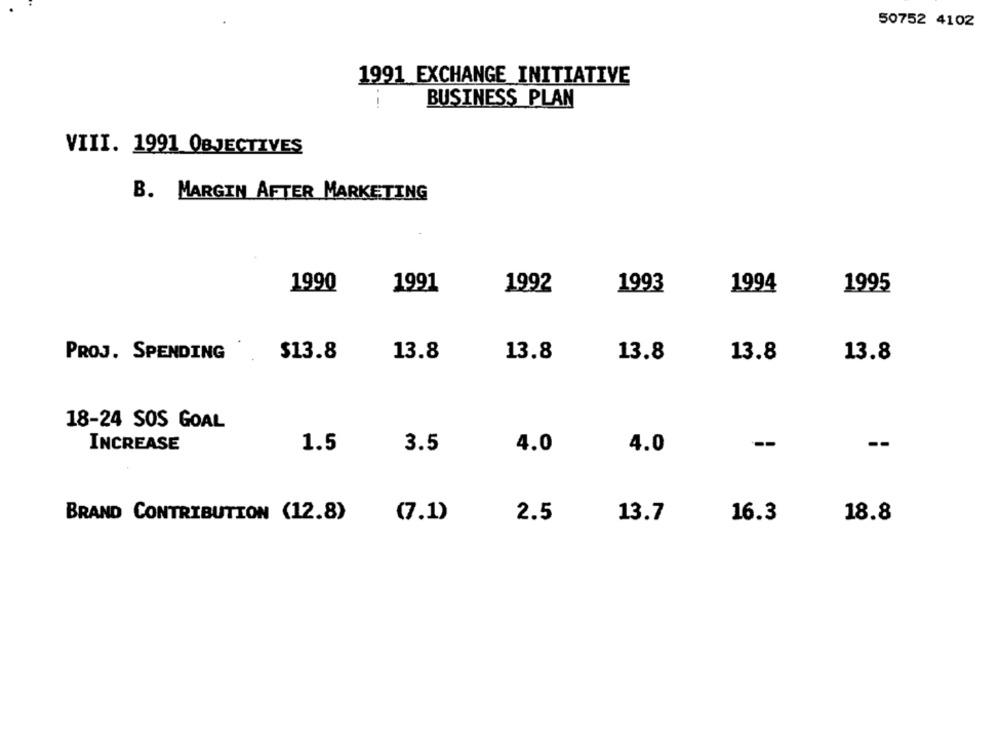
50752 4102
1991 EXCHANGE INITIATIVE
BUSINESS PLAN
- -.
VIII. 1991 OBJECTIVES
B. MARGIN AFTER MARKETING
1991
1992
1993
1994
1995
1990
PROJ. SPENDING
13.8
13.8
13.8
13.8
13.8
$13.8
18-24 SOS GOAL
-
--
INCREASE
1.5
3.5
4.0
4.0
BRAND CONTRIBUTION (12.8)
(7.1)
2.5
13.7
16.3
18.8